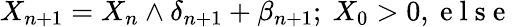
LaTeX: X_{n+1}=X_{n}\wedge\delta_{n+1}+\beta_{n+1};\mathrm{~}X_{0}>0,\mathrm{~e~l~s~e~}